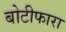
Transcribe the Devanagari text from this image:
बोटीफारा